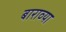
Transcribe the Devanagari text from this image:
बाराव्‍या